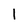
Character: 1